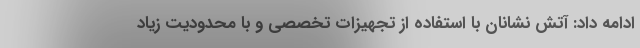
ادامه داد: آتش نشانان با استفاده از تجهیزات تخصصی و با محدودیت زیاد